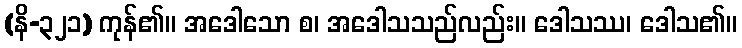
(နိ-၃၂၁) ကုန်၏။ အဒေါသော စ၊ အဒေါသသည်လည်း။ ဒေါသဿ၊ ဒေါသ၏။